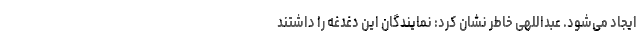
ایجاد می‌شود. عبداللهی خاطر نشان کرد: نمایندگان این دغدغه را داشتند